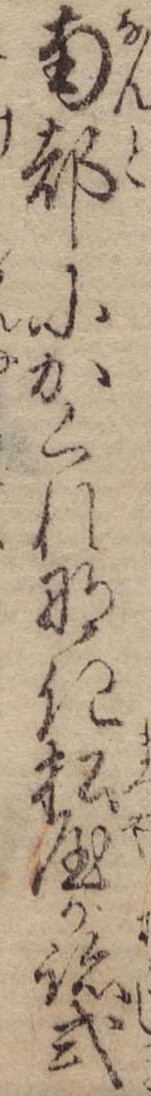
南都にかくれなき松屋が跡式